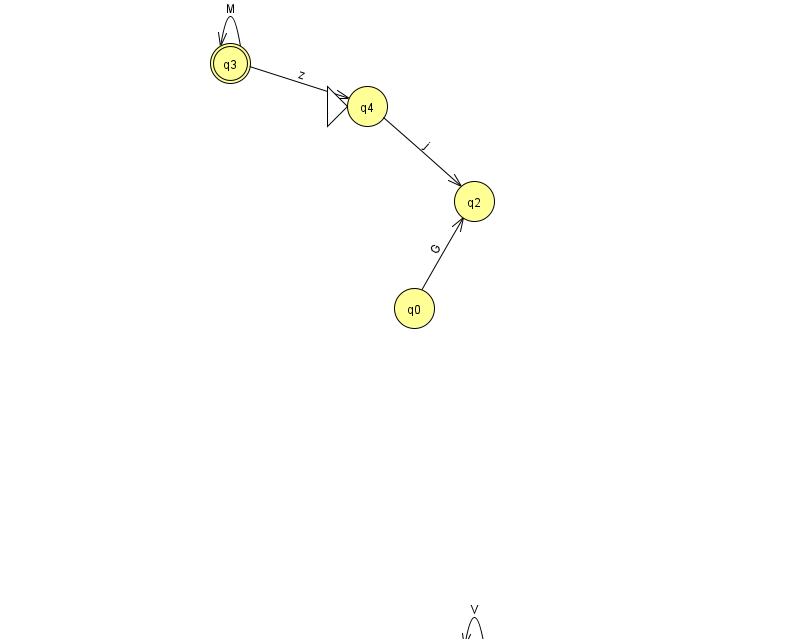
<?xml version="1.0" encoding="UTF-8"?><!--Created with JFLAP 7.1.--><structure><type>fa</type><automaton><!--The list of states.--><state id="0" name="q0"><x>414.0</x><y>295.0</y></state><state id="1" name="q1"><x>474.0</x><y>651.0</y></state><state id="2" name="q2"><x>474.0</x><y>188.0</y></state><state id="3" name="q3"><x>230.0</x><y>50.0</y><final/></state><state id="4" name="q4"><x>367.0</x><y>93.0</y><initial/></state><!--The list of transitions.--><transition><from>4</from><to>2</to><read>j</read></transition><transition><from>1</from><to>1</to><read>V</read></transition><transition><from>0</from><to>2</to><read>G</read></transition><transition><from>3</from><to>3</to><read>M</read></transition><transition><from>3</from><to>4</to><read>z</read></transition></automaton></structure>